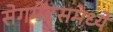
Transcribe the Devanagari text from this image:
सेगमेंट्समध्ये